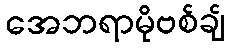
အေဘရာမိုဗစ်ချ်